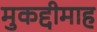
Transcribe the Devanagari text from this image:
मुकद्दीमाह